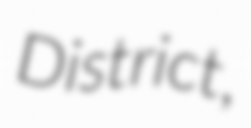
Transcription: District,